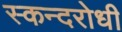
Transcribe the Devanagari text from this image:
स्कन्दरोधी